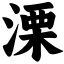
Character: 溧